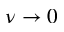
\nu \to 0